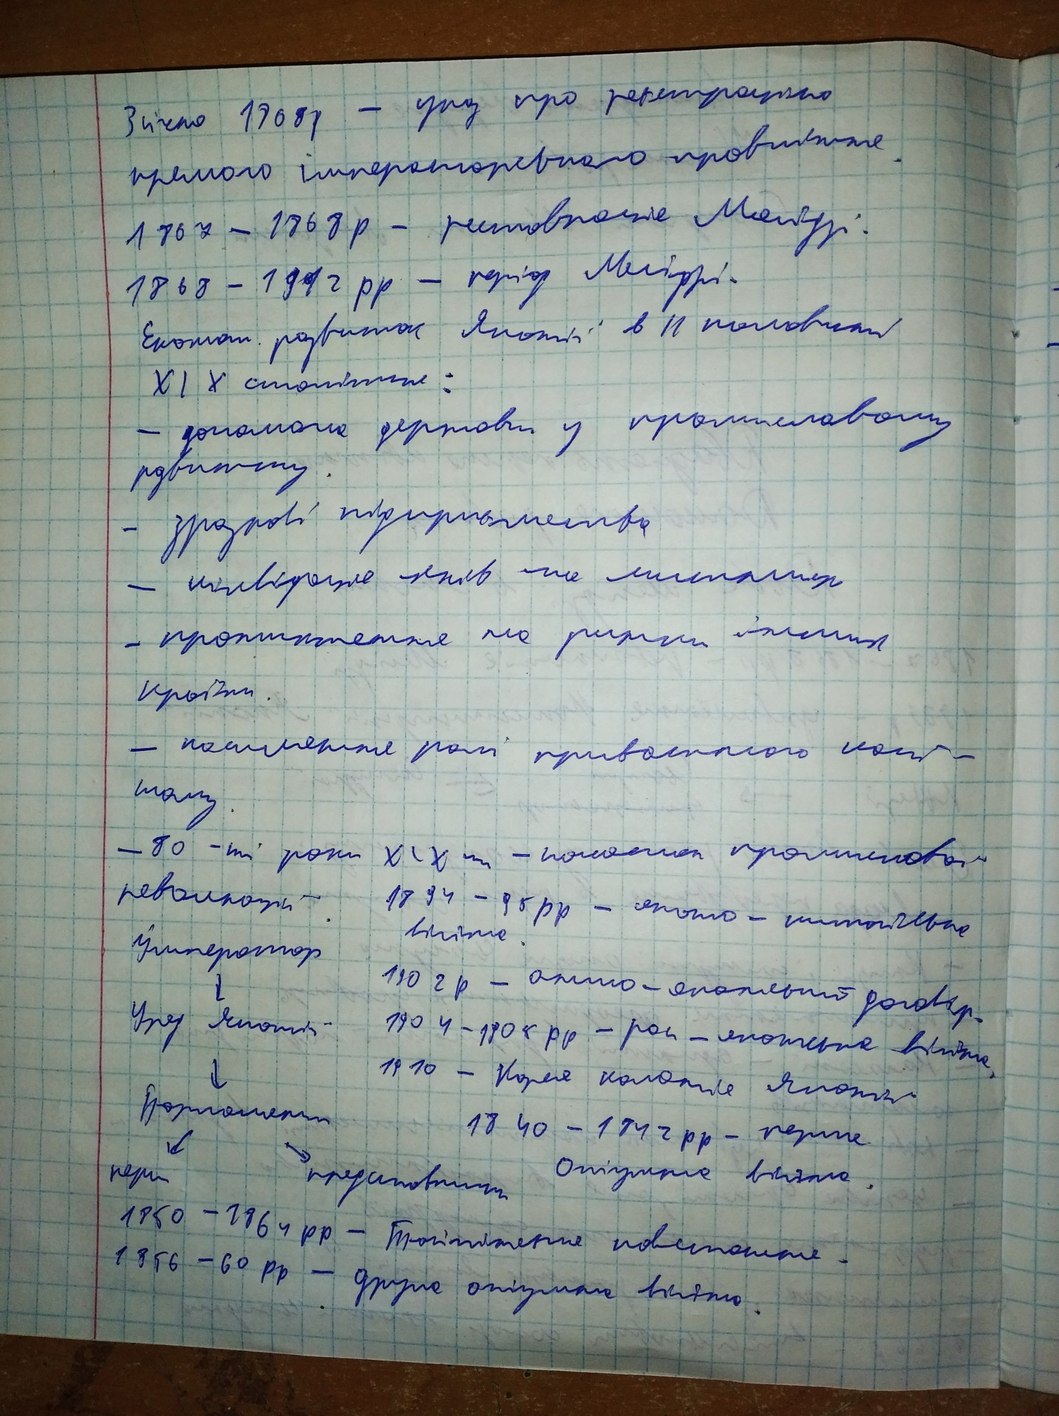
3 січня 1906 р - указ про реєстрацію товариств
значно 1708 р. прямого імператорського правління.
1707 - 1768 р - римование Мазепи.
1868 - 1912 рр. - період Мейдзі.
Економ. розвиток Японії в II половині
X / X отношение:
- допомога держави у промисловому розвитку.
- зразкові підприємства
- инверсия лишь на металлах
- пропитание на рынке имеем
Кротов
- появление частного кап
many
- 80 - m' роки XIX ст - початок промислового
неважно
1894 - 95 pp - японо - китайська
Император
1902 г - англо-японский договор.
договор.
1910 - Корея колония Японии
1840 - 1742 pp - [illegible]
Otrzymanie brzmienia.
пери представит
1850 - 1864 рр - Трагічне повстання
50-60 рр - Тютюнникове повестка